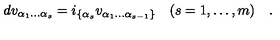
d v _ { \alpha _ { 1 } \dots \alpha _ { s } } = i _ { \{ \alpha _ { s } } v _ { \alpha _ { 1 } \dots \alpha _ { s - 1 } \} } \quad ( s = 1 , \dots , m ) \quad .